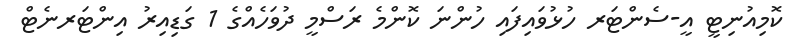
ކޮމިއުނިޓީ އީ-ސެންޓަރ ހުޅުވައިފައި ހުންނަ ކޮންމެ ރަސްމީ ދުވަހެއްގެ 1 ގަޑިއިރު އިންޓަރނެޓް